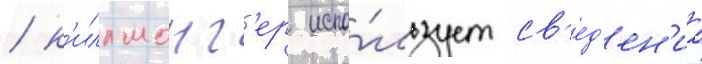
/ к'иллмонг'ер испо́льзует св'ед'ен'иа